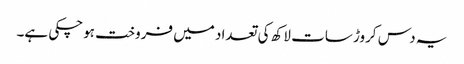
یہ دس کروڑ سات لاکھ کی تعداد میں فروخت ہوچکی ہے۔